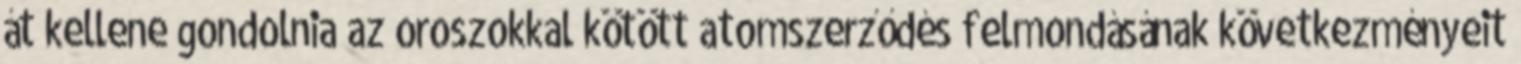
át kellene gondolnia az oroszokkal kötött atomszerződés felmondásának következményeit